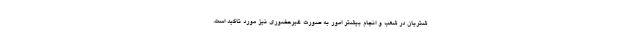
شتریان در شعب و انجام بیشتر امور به صورت غیرحضوری نیز مورد تاکید است.